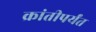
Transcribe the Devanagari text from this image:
क्रांतीपर्यंत